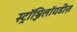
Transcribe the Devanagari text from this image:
स्ट्रॉञ्जिलॉयडीज़